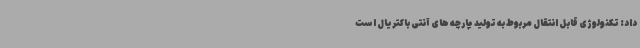
داد: تکنولوژی قابل انتقال مربوط به تولید پارچه های آنتی باکتریال است